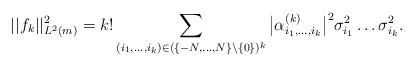
LaTeX: \begin{align*}\vert\vert f_k\vert\vert_{L^2(m)}^2=k!\sum_{(i_1,\dots, i_k)\in (\{-N,\dots, N\}\setminus\{0\})^k}\big\vert\alpha_{i_1,\dots ,i_k}^{(k)}\big\vert^2\sigma_{i_1}^2\dots \sigma_{i_k}^2.\end{align*}